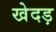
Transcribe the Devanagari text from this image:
खेदड़